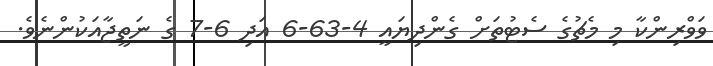
ވަވްރިންކާ މި މެޗުގެ ސެޓުތަށް ގެންދިޔައީ 4-63-6 އަދި 6-7 ގެ ނަތީޖާއަކުންނެވެ.